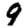
Digit: 9